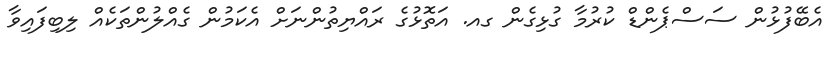
އެބޭފުޅުން ސަސްޕެންޑް ކުރުމާ ގުޅިގެން ގއ. އަތޮޅުގެ ރައްޔިތުންނަށް އެކަމުން ގެއްލުންތަކެއް ލިބިފައިވާ